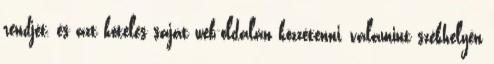
rendjét, és azt köteles saját web-oldalán közzétenni, valamint székhelyén